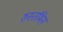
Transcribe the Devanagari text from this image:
रुस्तमिन